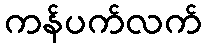
ကန်ပက်လက်